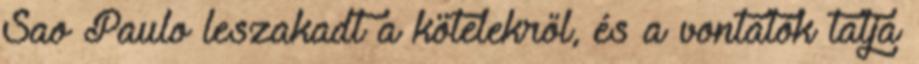
Sao Paulo leszakadt a kötelekről, és a vontatók tatja